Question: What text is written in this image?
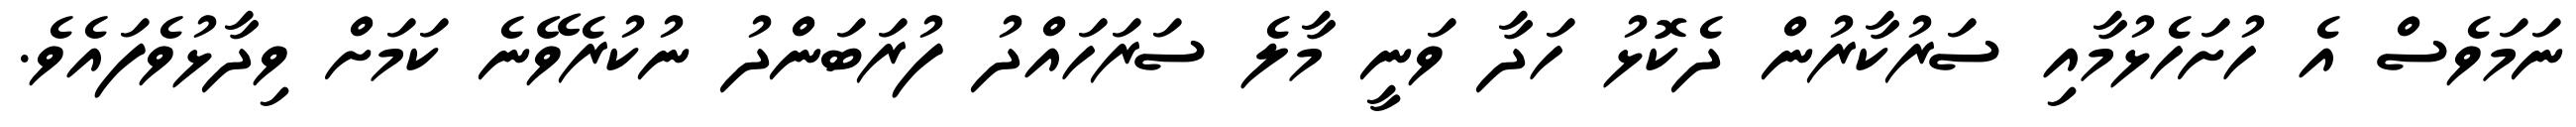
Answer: ނަމަވެސް އެ ހުށަހެޅުމާއި ސަރުކާރުން ދެކޮޅު ހަދާ ވަނީ މާލެ ސަރަހައްދު ފުރަބަންދު ނުކުރެވޭނެ ކަމަށް ވިދާޅުވެފައެވެ.